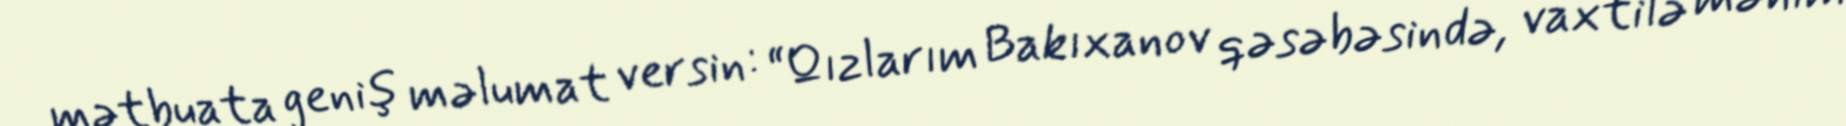
mətbuata geniş məlumat versin: “Qızlarım Bakıxanov qəsəbəsində, vaxtilə mənim